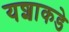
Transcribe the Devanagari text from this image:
यशाकडे